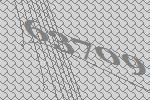
63709